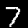
Digit: 7